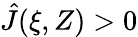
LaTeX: \hat{J}(\xi,Z)>0